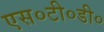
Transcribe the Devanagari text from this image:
एस०टी०डी०